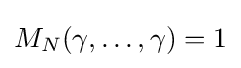
M_{N}(\gamma ,\dots ,\gamma )=1